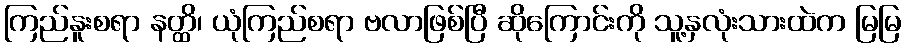
ကြည်နူးစရာ နတ္ထိ၊ ယုံကြည်စရာ ဗလာဖြစ်ပြီ ဆိုကြောင်းကို သူ့နှလုံးသားထဲက မြမြ